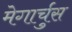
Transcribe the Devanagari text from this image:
मेगार्चुस